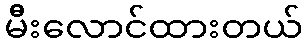
မီးလောင်ထားတယ်